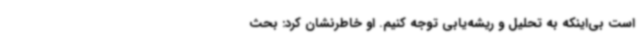
است بی‌اینکه به تحلیل و ریشه‌یابی توجه کنیم. او خاطرنشان کرد: بحث